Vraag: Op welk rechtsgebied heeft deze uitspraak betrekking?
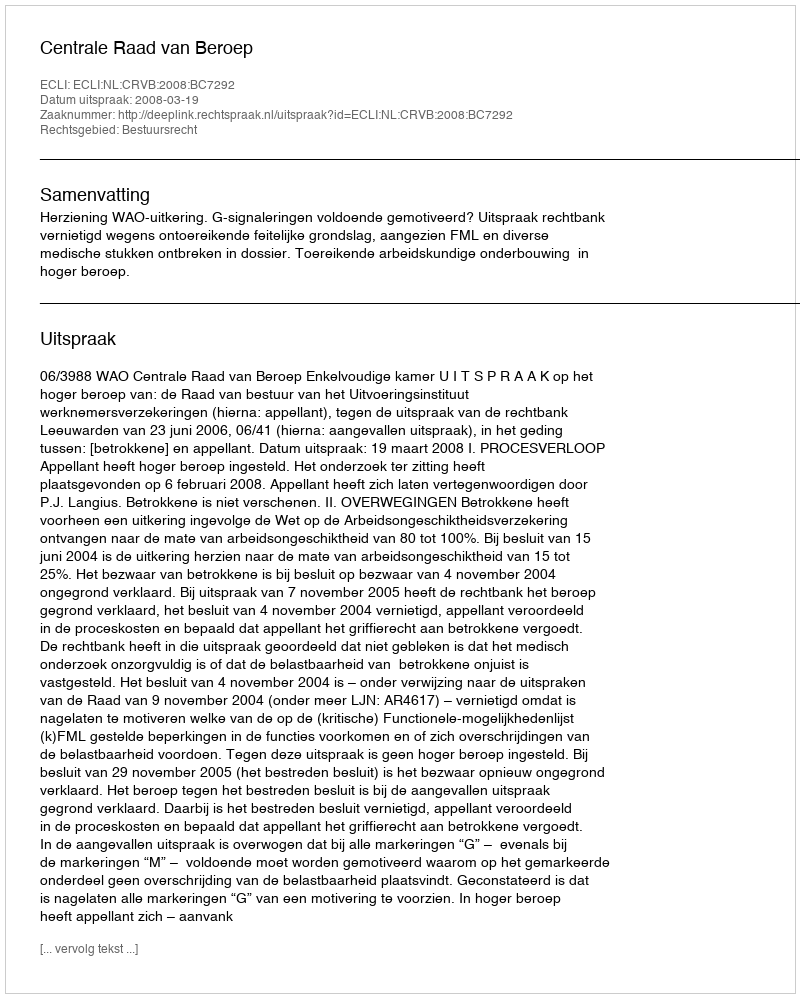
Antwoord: Bestuursrecht